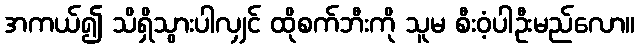
အကယ်၍ သိရှိသွားပါလျှင် ထိုစက်ဘီးကို သူမ စီးဝံ့ပါဦးမည်လော။